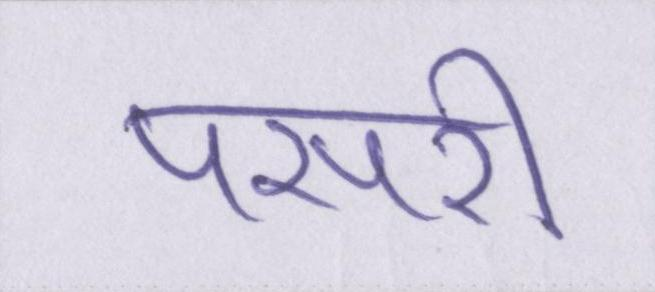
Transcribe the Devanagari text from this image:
पसरी